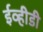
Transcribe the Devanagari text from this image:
ईव्हीडी